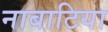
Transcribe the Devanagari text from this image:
नाबाटिया